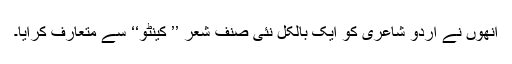
انھوں نے اردو شاعری کو ایک بالکل نئی صنف شعر ’’ کینٹو‘‘ سے متعارف کرایا۔